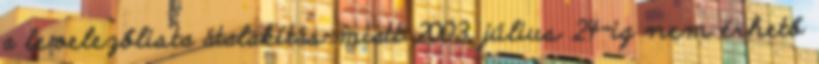
a levelezőlista átalakítás miatt 2003. július 24-ig nem érhető